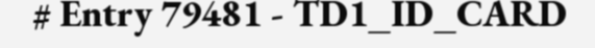
# Entry 79481 - TD1_ID_CARD